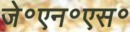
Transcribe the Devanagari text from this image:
जे॰एन॰एस॰